Lock hospitals Punjab
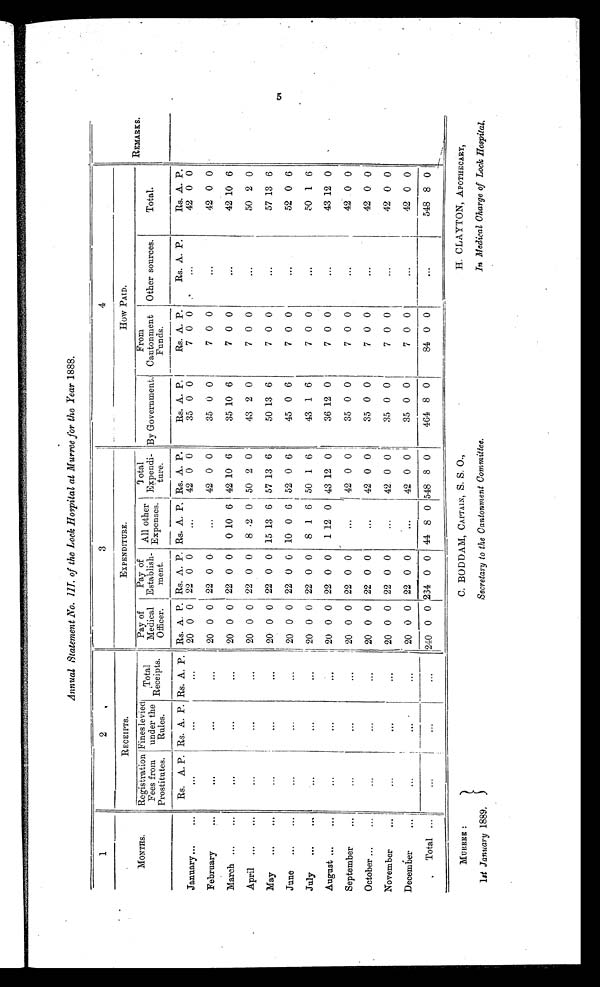
MURREE :
1st January 1889,
C. BODDAM, CAPTAIN, S. S. O.,
Secretary to the Cantonment Committee.
H. CLAYTON, APOTHECARY,
In Medical Charge of Lock Hospital.
Annual Statement No.III. of the Lock Hospital at Murree for the Year 1888.
1
2
3
4
REMARKS.
MONTHS.
RECEIPTS.
EXPENDITURE.
How PAID.
Registration
Fees from
Prostitutes.
Fines levied
under the
Rules.
Total
Receipts.
Pay of
Medical
Officer.
Pay of
Establish
ment
All other
Expenses.
Total
Expend
iture.
By Government.
From
Cantonment
Funds.
Other sources.
Total.
Rs. A. P. Rs. A. P. Rs. A. p. Rs. A. P. Rs. A
P.
Rs. A. P. Rs. A. P.
Rs. A. P. J
Rs. A. P.
Rs. A. P.
Rs. A. P.
January
...
...
...
20 0 0 22 0 0
. . .
42 0 0
35 0 0
7 0 0
...
42 0 0
February
...
...
...
20 0 0 22 0 0
...
42 0 0
35 0 0
7 0 0
...
42 0 0
March
...
...
. . .
20 0 0 22 0 0
0 10 6 42 10 6
35 10 6
7 0 0
...
42 10 6
April
...
...
...
20 0 0 22 0 0
8 2 0 50 2 0
43 2 0
7 0 0
...
50 2 0
May
...
...
...
20 0 0 22 0 0 15 13 6
5 7 13 6
50
1 3 6
7 0 0
...
57 13 6
June
...
...
. . .
20 0 0 22 0 0 10 0 6 52 0 6
45 0 6
7 0 0
...
52 0 6
July
...
. ..
. . .
20 0 0 22 0 0
8 1 6 50 1 6
43 1 6
7 0 0
...
5 0
1 6
August
...
...
. . .
20 0 0 22 0 0
1 12 0 43 12 0
36 12 0
7 0 0
...
43 12 0
September
...
...
...
20 0 0 22 0 0
...
42 0 0
35 0 0
7 0 0
...
42
0 0
October
...
...
. . .
20 0 0 22 0 0
...
42 0 0
35 0 0
7 0 0
. . .
42 0 0
November
...
...
...
2 0 0 0 22 0 0
...
42 0 0
35 0 0
7 0 0
...
42 0 0
December
...
...
. . .
20 0 0 22 0 0
. . .
42 0 0
35 0 0
7
0 0
...
42 0 0
Total
...
...
. . .
240 0 0 264 0 0 44 8 0 548 8 0
464 8 0
84 0 0
. . .
548 8 0